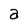
Character: a